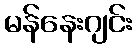
မန်နေးဂျင်း